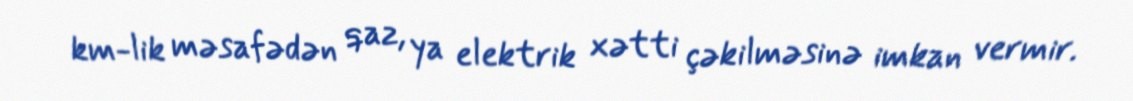
km-lik məsafədən qaz, ya elektrik xətti çəkilməsinə imkan vermir.